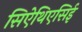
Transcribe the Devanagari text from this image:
सिऐथिएसिई